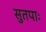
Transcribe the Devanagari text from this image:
सुतपाः